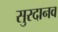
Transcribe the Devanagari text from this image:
सुरदानव